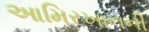
આમિરખાનની